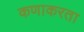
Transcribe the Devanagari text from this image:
कणाकरता